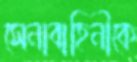
সেনাবাহিনীকে